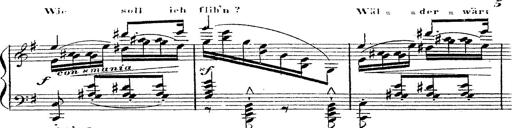
Title: 12 Lieder von Franz Schubert
Composer: Franz Liszt